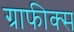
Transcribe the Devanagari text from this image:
ग्राफीक्स